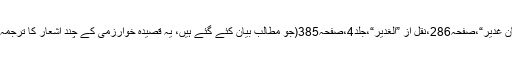
”داستانِ غدیر“،صفحہ286،نقل از ”الغدیر“،جلد4،صفحہ385(جو مطالب بیان کئے گئے ہیں، یہ قصیدہ خوارزمی کے چند اشعار کا ترجمہ ہے)۔